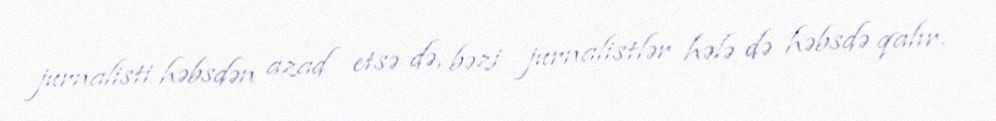
jurnalisti həbsdən azad etsə də, bəzi jurnalistlər hələ də həbsdə qalır.